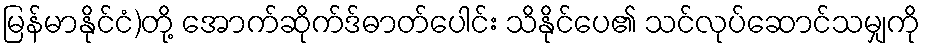
မြန်မာနိုင်ငံ)တို့ အောက်ဆိုက်ဒ်ဓာတ်ပေါင်း သိနိုင်ပေ၏ သင်လုပ်ဆောင်သမျှကို